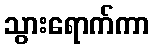
သွားရောက်ကာ